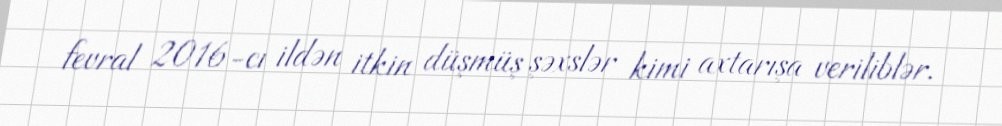
fevral 2016-cı ildən itkin düşmüş şəxslər kimi axtarışa veriliblər.